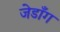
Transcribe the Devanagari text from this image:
जेडाँग